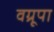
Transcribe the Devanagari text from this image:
वग्रूपा